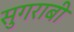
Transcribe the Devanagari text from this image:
सुगराबी